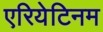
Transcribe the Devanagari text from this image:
एरियेटिनम